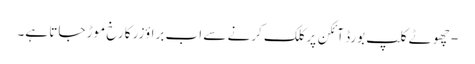
- چھوٹے کلپ بورڈ آئکن پر کلک کرنے سے اب براؤزر کا رخ موڑ جاتا ہے۔